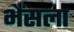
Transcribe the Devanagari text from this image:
भैंसला